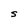
Character: S